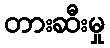
တားဆီးမှု